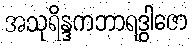
အသုရိန္ဒကဘာရဒွါဇော